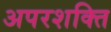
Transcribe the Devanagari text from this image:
अपरशक्ति